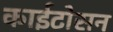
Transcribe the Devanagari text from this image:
काईटोसन